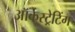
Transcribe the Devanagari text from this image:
ऑर्केस्ट्रेटिंग